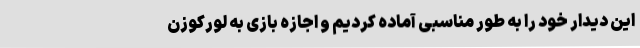
این دیدار خود را به طور مناسبی آماده کردیم و اجازه بازی به لورکوزن